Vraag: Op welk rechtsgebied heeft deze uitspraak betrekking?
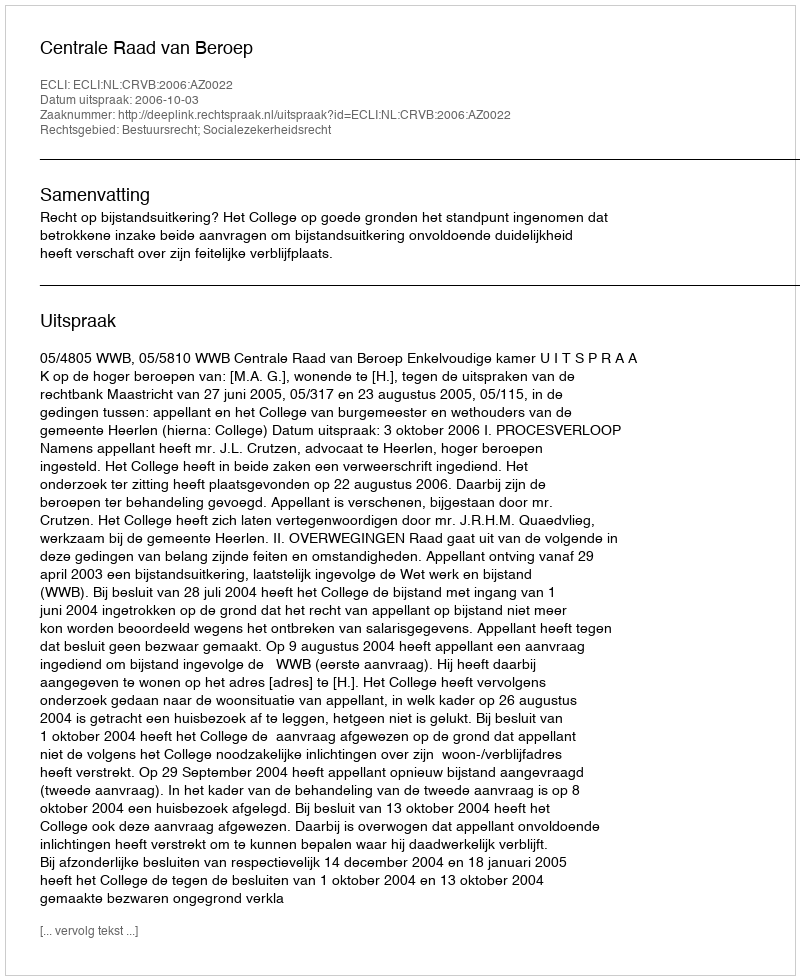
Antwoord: Bestuursrecht; Socialezekerheidsrecht